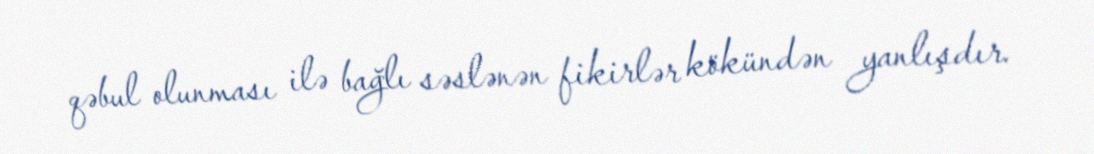
qəbul olunması ilə bağlı səslənən fikirlər kökündən yanlışdır.